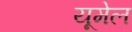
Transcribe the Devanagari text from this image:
यूमेल